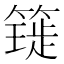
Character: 𥳧